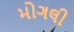
મોગલી